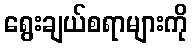
ရွေးချယ်စရာများကို